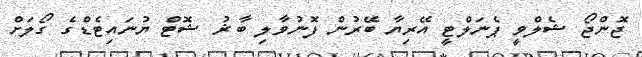
ޖޮންޖޯ ޝެލްވީ ޕެނަލްޓީ އޭރިޔާ ބޭރުން ފޮނުވާލި ބާޜު ޝޮޓް ޔުނައިޓެޑްގެ ގޯލަށް